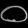
Digit: ၀